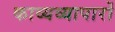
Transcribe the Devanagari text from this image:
काव्यव्यापारों